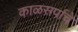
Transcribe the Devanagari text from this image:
काळसर्पाचे